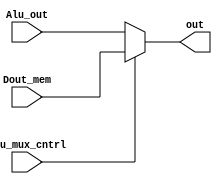
//module tristatebuffer(inp, en, out);
//
//input [15:0] inp;
//input en;
//
//output reg [15:0] out;
//
////assign out = en?inp:16'bx;
//always @(inp, en) begin
//         out = en?inp:16'bx;
//end
//
//endmodule

module tristatebuffer(Dout_mem, Alu_mux_cntrl, Alu_out, out);

input [15:0] Dout_mem;
input Alu_mux_cntrl;
input [15:0] Alu_out;
output reg [15:0] out;



//always @(control, immediate) begin
//    if(control) begin
//        out = immediate;
//    end
//    else begin
//        out = data_in; // do nothing
//    end

        always @(*) begin

            out = Alu_mux_cntrl ? Dout_mem : Alu_out;





end
endmodule